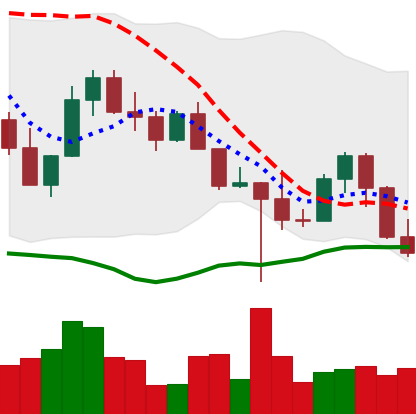
Ticker: LINK-USD
Chart end date: 2022-10-20
Forward return: 6.2%
Label: up_5_7